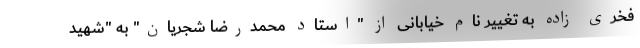
فخری زاده به تغییر نام خیابانی از "استاد محمدرضا شجریان" به "شهید